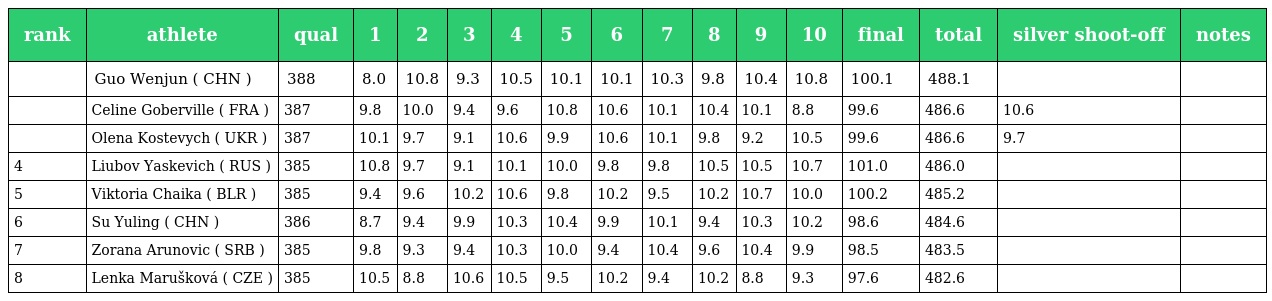
| rank | athlete | qual | 1 | 2 | 3 | 4 | 5 | 6 | 7 | 8 | 9 | 10 | final | total | silver shoot-off | notes |
 | --- | --- | --- | --- | --- | --- | --- | --- | --- | --- | --- | --- | --- | --- | --- | --- | --- |
 |  | Guo Wenjun ( CHN ) | 388 | 8.0 | 10.8 | 9.3 | 10.5 | 10.1 | 10.1 | 10.3 | 9.8 | 10.4 | 10.8 | 100.1 | 488.1 |  |  |
 |  | Celine Goberville ( FRA ) | 387 | 9.8 | 10.0 | 9.4 | 9.6 | 10.8 | 10.6 | 10.1 | 10.4 | 10.1 | 8.8 | 99.6 | 486.6 | 10.6 |  |
 |  | Olena Kostevych ( UKR ) | 387 | 10.1 | 9.7 | 9.1 | 10.6 | 9.9 | 10.6 | 10.1 | 9.8 | 9.2 | 10.5 | 99.6 | 486.6 | 9.7 |  |
 | 4 | Liubov Yaskevich ( RUS ) | 385 | 10.8 | 9.7 | 9.1 | 10.1 | 10.0 | 9.8 | 9.8 | 10.5 | 10.5 | 10.7 | 101.0 | 486.0 |  |  |
 | 5 | Viktoria Chaika ( BLR ) | 385 | 9.4 | 9.6 | 10.2 | 10.6 | 9.8 | 10.2 | 9.5 | 10.2 | 10.7 | 10.0 | 100.2 | 485.2 |  |  |
 | 6 | Su Yuling ( CHN ) | 386 | 8.7 | 9.4 | 9.9 | 10.3 | 10.4 | 9.9 | 10.1 | 9.4 | 10.3 | 10.2 | 98.6 | 484.6 |  |  |
 | 7 | Zorana Arunovic ( SRB ) | 385 | 9.8 | 9.3 | 9.4 | 10.3 | 10.0 | 9.4 | 10.4 | 9.6 | 10.4 | 9.9 | 98.5 | 483.5 |  |  |
 | 8 | Lenka Marušková ( CZE ) | 385 | 10.5 | 8.8 | 10.6 | 10.5 | 9.5 | 10.2 | 9.4 | 10.2 | 8.8 | 9.3 | 97.6 | 482.6 |  |  |